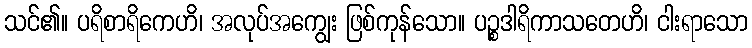
သင်၏။ ပရိစာရိကေဟိ၊ အလုပ်အကျွေး ဖြစ်ကုန်သော။ ပဉ္စဒါရိကာသတေဟိ၊ ငါးရာသော